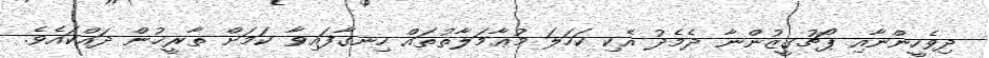
ދިވެހީންނާއި ޕޯޗުގީޒުންނާ ދެމެދު އެކި ކަހަލަ މުޢާމަލާތުތައް ހިނގާފައިވާ ކަމަށް ތާރީޚުން ދައްކައެވެ.